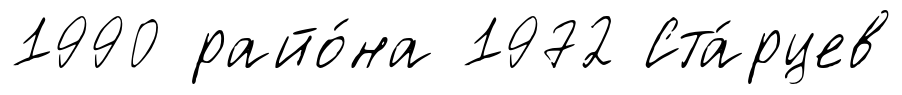
1990 райо́на 1972 Ста́рцев